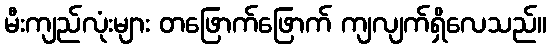
မီးကျည်လုံးများ တဖြောက်ဖြောက် ကျလျက်ရှိလေသည်။